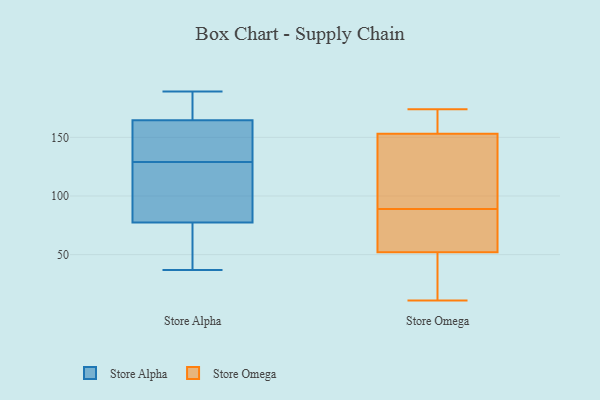
{"axis": {"x": "Revenue (USD Million)", "y": "Value"}, "legend": ["Store Alpha", "Store Omega"], "data": [{"x": "", "y": 148, "type": "Store Alpha"}, {"x": "", "y": 84, "type": "Store Alpha"}, {"x": "", "y": 71, "type": "Store Alpha"}, {"x": "", "y": 128, "type": "Store Alpha"}, {"x": "", "y": 112, "type": "Store Alpha"}, {"x": "", "y": 37, "type": "Store Alpha"}, {"x": "", "y": 158, "type": "Store Alpha"}, {"x": "", "y": 184, "type": "Store Alpha"}, {"x": "", "y": 130, "type": "Store Alpha"}, {"x": "", "y": 50, "type": "Store Alpha"}, {"x": "", "y": 171, "type": "Store Alpha"}, {"x": "", "y": 189, "type": "Store Alpha"}, {"x": "", "y": 13, "type": "Store Omega"}, {"x": "", "y": 174, "type": "Store Omega"}, {"x": "", "y": 89, "type": "Store Omega"}, {"x": "", "y": 68, "type": "Store Omega"}, {"x": "", "y": 107, "type": "Store Omega"}, {"x": "", "y": 156, "type": "Store Omega"}, {"x": "", "y": 144, "type": "Store Omega"}, {"x": "", "y": 52, "type": "Store Omega"}, {"x": "", "y": 11, "type": "Store Omega"}, {"x": "", "y": 52, "type": "Store Omega"}, {"x": "", "y": 165, "type": "Store Omega"}]}